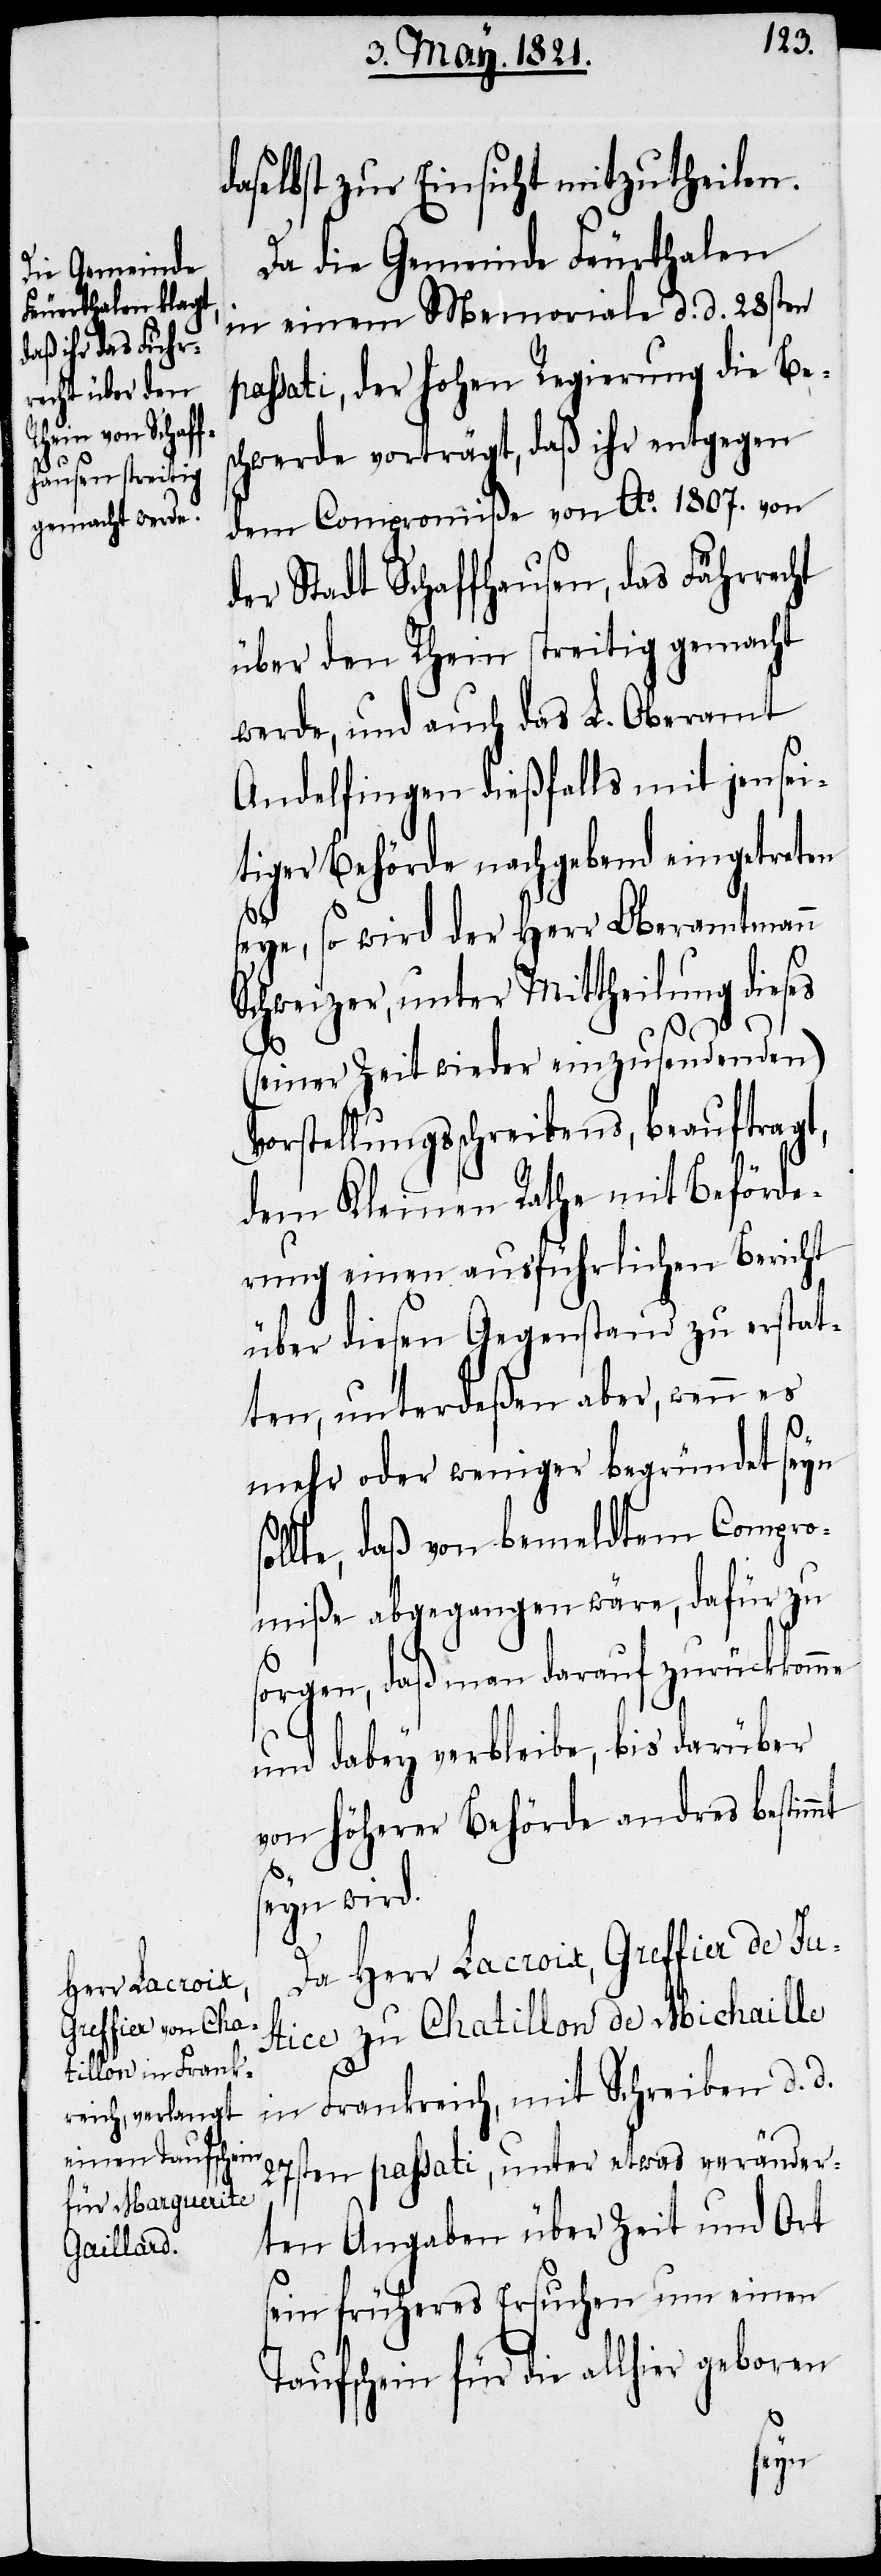
daselbst zur Einsicht mitzutheilen.
Da die Gemeinde Feurthalen
in einem Memoriale d. d. 28sten
passati, der hohen Regierung die Be¬
schwerde vorträgt, daß ihr entgegen
dem Compromiße von Ao. 1807. von
der Stadt Schaffhausen, das Fuhrrecht
über den Rhein streitig gemacht
werde, und auch das L. Oberamt
Andelfingen dießfalls mit jensei¬
tiger Behörde nachgebend eingetrete¬
seye, so wird der Herr Oberamtmann
Schweizer, unter Mittheilung dieses
mt
(seiner Zeit wieder einzusendenden)
Vorstellungsschreibens, beauftragt,
dem Kleinen Rath mit Beförde¬
rung einen Ausführlichen Bericht
über diesen Gegenstand zu erstat¬
ten, unterdeßen aber, wenn es
mehr oder weniger begründet seyn
lte, daß von bemeldtem Compro¬
miße abgegangen wäre, dafür zu
sorgen, daß man darauf zurückkomme
und dabey verbleibe, bis darüber
von höherer Behörde andres bestim¬
seyn wird.
Da Herr Lacroix, Greffier de Ju¬
stice zu Chatillon de Michaille
in Frankreich, mit Schreiben d. d.
27sten passati, unter etwas veränder¬
ten Angaben über Zeit und Ort
sein früheres Ersuchen um einen
Taufschein für die allhier geboren
sol¬